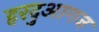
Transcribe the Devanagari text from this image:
हरदुआगज